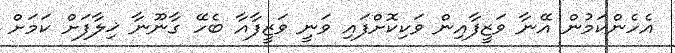
އެހެންކަމުން އޭނާ ވަޒީފާއިން ވަކިކޮށްފައި ވަނީ ވަޒީފާއާ ބެހޭ ގާނޫނާ ޚިލާފަށް ކަމަށް